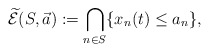
\begin{align*}\widetilde{\mathcal{E}}(S,\vec{a}):=\bigcap_{n\in S} \{x_n({t})\leq a_n\},\end{align*}